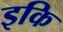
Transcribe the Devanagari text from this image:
इकि